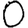
Digit: 0